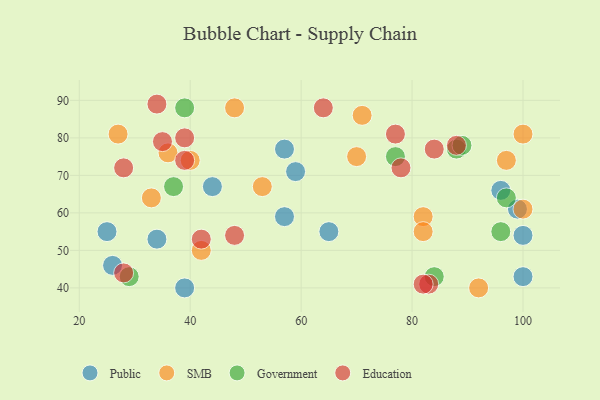
{"axis": {"x": "GDP", "y": "Life Expectancy"}, "legend": ["Education", "Government", "Public", "SMB"], "data": [{"x": "39", "y": 40, "type": "Public"}, {"x": "34", "y": 53, "type": "Public"}, {"x": "26", "y": 46, "type": "Public"}, {"x": "57", "y": 59, "type": "Public"}, {"x": "96", "y": 66, "type": "Public"}, {"x": "59", "y": 71, "type": "Public"}, {"x": "100", "y": 54, "type": "Public"}, {"x": "57", "y": 77, "type": "Public"}, {"x": "100", "y": 43, "type": "Public"}, {"x": "25", "y": 55, "type": "Public"}, {"x": "44", "y": 67, "type": "Public"}, {"x": "99", "y": 61, "type": "Public"}, {"x": "65", "y": 55, "type": "Public"}, {"x": "48", "y": 88, "type": "SMB"}, {"x": "36", "y": 76, "type": "SMB"}, {"x": "92", "y": 40, "type": "SMB"}, {"x": "100", "y": 81, "type": "SMB"}, {"x": "97", "y": 74, "type": "SMB"}, {"x": "82", "y": 59, "type": "SMB"}, {"x": "27", "y": 81, "type": "SMB"}, {"x": "42", "y": 50, "type": "SMB"}, {"x": "71", "y": 86, "type": "SMB"}, {"x": "53", "y": 67, "type": "SMB"}, {"x": "100", "y": 61, "type": "SMB"}, {"x": "40", "y": 74, "type": "SMB"}, {"x": "82", "y": 55, "type": "SMB"}, {"x": "33", "y": 64, "type": "SMB"}, {"x": "70", "y": 75, "type": "SMB"}, {"x": "84", "y": 43, "type": "Government"}, {"x": "39", "y": 88, "type": "Government"}, {"x": "29", "y": 43, "type": "Government"}, {"x": "37", "y": 67, "type": "Government"}, {"x": "77", "y": 75, "type": "Government"}, {"x": "97", "y": 64, "type": "Government"}, {"x": "96", "y": 55, "type": "Government"}, {"x": "88", "y": 77, "type": "Government"}, {"x": "89", "y": 78, "type": "Government"}, {"x": "88", "y": 78, "type": "Education"}, {"x": "77", "y": 81, "type": "Education"}, {"x": "28", "y": 72, "type": "Education"}, {"x": "83", "y": 41, "type": "Education"}, {"x": "82", "y": 41, "type": "Education"}, {"x": "39", "y": 80, "type": "Education"}, {"x": "84", "y": 77, "type": "Education"}, {"x": "48", "y": 54, "type": "Education"}, {"x": "35", "y": 79, "type": "Education"}, {"x": "39", "y": 74, "type": "Education"}, {"x": "28", "y": 44, "type": "Education"}, {"x": "42", "y": 53, "type": "Education"}, {"x": "34", "y": 89, "type": "Education"}, {"x": "64", "y": 88, "type": "Education"}, {"x": "78", "y": 72, "type": "Education"}]}